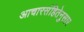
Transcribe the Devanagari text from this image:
आचारसंहितेनुसार